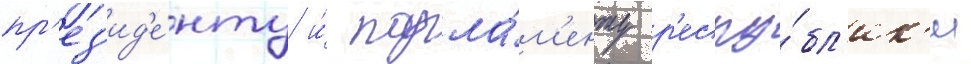
пр'ез'ид'е́нту и́ парла́м'енту р'еспу́бл'ик'и